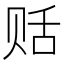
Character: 䞌